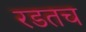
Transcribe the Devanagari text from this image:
रडतच